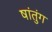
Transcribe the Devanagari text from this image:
षांतुंग